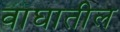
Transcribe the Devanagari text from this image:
वाघातील